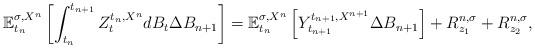
LaTeX: \begin{align*}\mathbb{E}_{t_{n}}^{\sigma,X^{n}}\left[ \int_{t_{n}}^{t_{n+1}}Z_{t}^{t_{n},X^{n}}dB_{t}\Delta B_{n+1}\right] =\mathbb{E}_{t_{n}}^{\sigma,X^{n}}\left[ Y_{t_{n+1}}^{t_{n+1},X^{n+1}}\Delta B_{n+1}\right] +R_{z_{1}}^{n,\sigma}+R_{z_{2}}^{n,\sigma}, \end{align*}